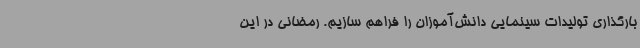
بارگذاری تولیدات سینمایی دانش‌آموزان را فراهم سازیم. رمضانی در این